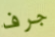
جرف